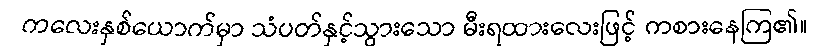
ကလေးနှစ်ယောက်မှာ သံပတ်နှင့်သွားသော မီးရထားလေးဖြင့် ကစားနေကြ၏။